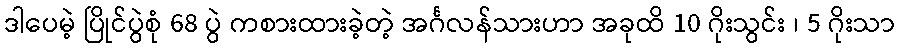
ဒါပေမဲ့ ပြိုင်ပွဲစုံ 68 ပွဲ ကစားထားခဲ့တဲ့ အင်္ဂလန်သားဟာ အခုထိ 10 ဂိုးသွင်း ၊ 5 ဂိုးသာ